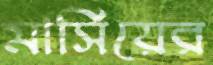
মার্সিয়ের